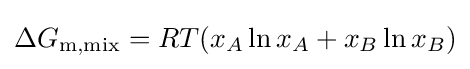
\Delta G_{\mathrm {m,mix} }=RT(x_{A}\ln x_{A}+x_{B}\ln x_{B})